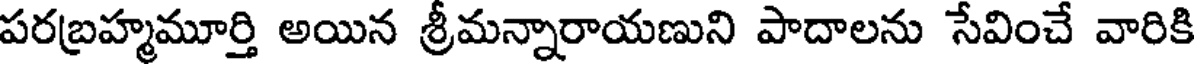
పరబ్రహ్మమూర్తి అయిన శ్రీమన్నారాయణుని పాదాలను సేవించే వారికి